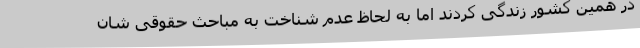
در همین کشور زندگی کردند اما به لحاظ عدم شناخت به مباحث حقوقی شان